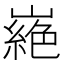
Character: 𭗜